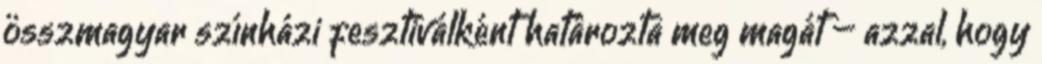
összmagyar színházi fesztiválként határozta meg magát – azzal, hogy